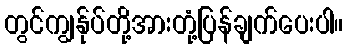
တွင်ကျွန်ုပ်တို့အားတုံ့ပြန်ချက်ပေးပါ။